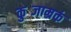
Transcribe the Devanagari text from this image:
कुब्जाम्रकं